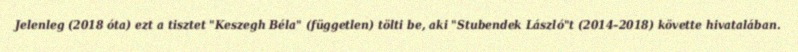
Jelenleg (2018 óta) ezt a tisztet "Keszegh Béla" (független) tölti be, aki "Stubendek László"t (2014–2018) követte hivatalában.